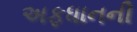
અફધાનની